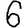
Digit: 6